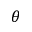
\theta